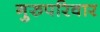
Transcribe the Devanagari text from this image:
गुरुपरिवार